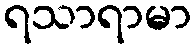
ရသာရာမာ